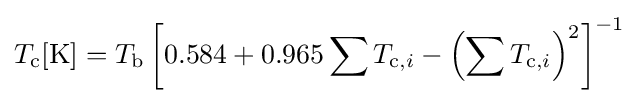
T_{\text{c}}[{\text{K}}]=T_{\text{b}}\left[0.584+0.965\sum T_{{\text{c}},i}-\left(\sum T_{{\text{c}},i}\right)^{2}\right]^{-1}